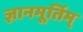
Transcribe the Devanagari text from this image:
ज्ञानमूर्तिम्